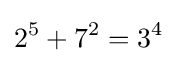
2^{5}+7^{2}=3^{4}\;